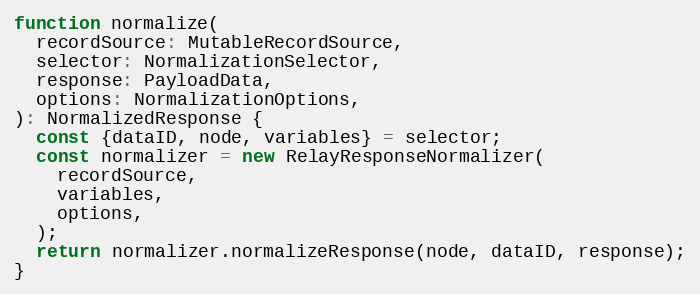
Language: JavaScript
function normalize(
  recordSource: MutableRecordSource,
  selector: NormalizationSelector,
  response: PayloadData,
  options: NormalizationOptions,
): NormalizedResponse {
  const {dataID, node, variables} = selector;
  const normalizer = new RelayResponseNormalizer(
    recordSource,
    variables,
    options,
  );
  return normalizer.normalizeResponse(node, dataID, response);
}